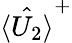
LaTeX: \hat{\langle U_{2}\rangle}^{+}